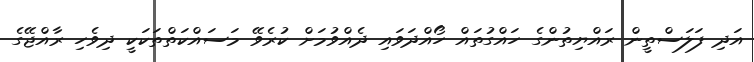
އަދި ފަލަސްތީން ރައްޔިތުންގެ ހައްގުތައް ހޯއްދަވައި ދެއްވުމަށް ކުރެވޭ މަސައްކަތްތަކަކީ ދިވެހި ރާއްޖޭގެ